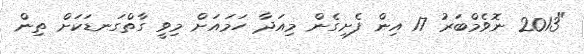
"2013 ނޮވެމްބަރު 17 އިން ފެށިގެން މިއަދާ ހަމައަށް މިވީ ގާތްގަނޑަކަށް ތިން